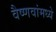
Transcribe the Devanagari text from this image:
वैष्णवांमध्ये